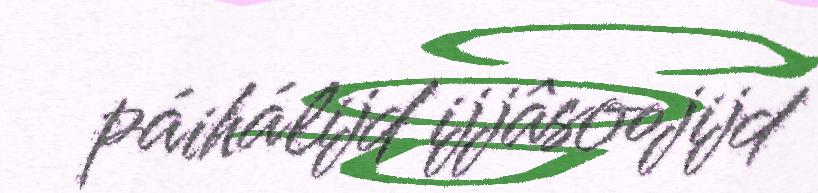
páihálijd ijjâsoojijd